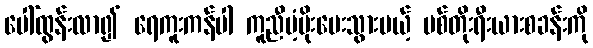
ပေါ်ထွန်းလာ၍ ရေကူးကန်ပါ ကူညီပံ့ပိုးပေးသွားမယ့် ဗစ်တိုးရီးယားစခန်းကို